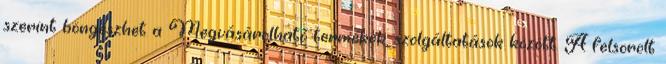
szerint böngészhet a Megvásárolható termékek, szolgáltatások között. A felsorolt